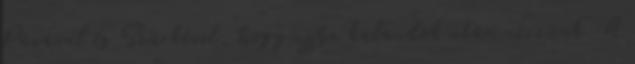
Pávával és Szürkével, hogy ujjba kalandok után nézzünk. A